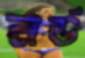
নর্ড